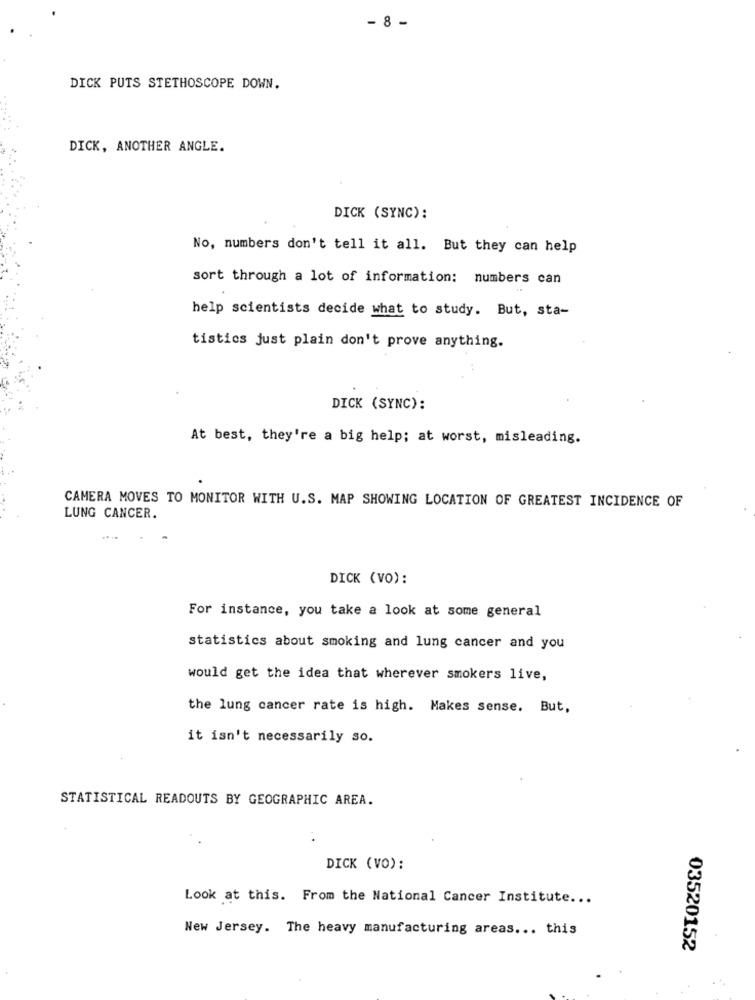
- 8 -
DICK PUTS STETHOSCOPE DOWN.
DICK, ANOTHER ANGLE.
DICK (SYNC):
No, numbers don't tell it all. But they can help
sort through a lot of information: numbers can
help scientists decide what to study. But, sta-
tistics just plain don't prove anything.
DICK (SYNC):
At best, they're a big help; at worst, misleading.
CAMERA MOVES TO MONITOR WITH U.S. MAP SHOWING LOCATION OF GREATEST INCIDENCE OF
LUNG CANCER.
DICK (VO):
For instance, you take a look at some general
statistics about smoking and lung cancer and you
would get the idea that wherever smokers live,
the lung cancer rate is high. Makes sense. But,
it isn't necessarily so.
STATISTICAL READOUTS BY GEOGRAPHIC AREA.
DICK (VO):
Look at this. From the National Cancer Institute ...
New Jersey. The heavy manufacturing areas ... this
03520152